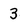
Character: 3